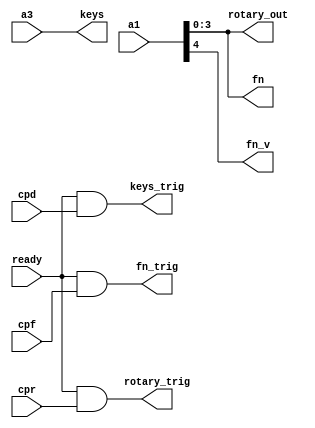
module drv_cp_in(
	input ready,
	input cpd,
	input cpr,
	input cpf,
	input [0:7] a1,
	input [0:15] a3,
	output [0:3] rotary_out,
	output rotary_trig,
	output [0:15] keys,
	output keys_trig,
	output [0:3] fn,
	output fn_v,
	output fn_trig
);

	assign keys = a3;
	assign rotary_out = a1[4:7];
	assign fn = a1[4:7];
	assign fn_v = a1[3];

	assign fn_trig = ready & cpf;
	assign rotary_trig = ready & cpr;
	assign keys_trig = ready & cpd;

endmodule

// vim: tabstop=2 shiftwidth=2 autoindent noexpandtab